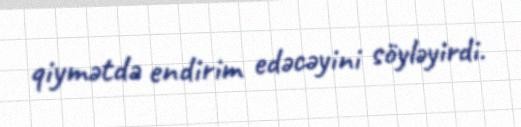
qiymətdə endirim edəcəyini söyləyirdi.